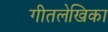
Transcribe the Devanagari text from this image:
गीतलेखिका